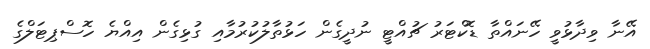
އޭނާ ވިދާޅުވީ ހޭނައްތާ ޑޮކްޓަރު ޗުއްޓީ ނުދީގެން ހަޅުތާލުކުރުމާއި ގުޅިގެން އިއްޔެ ހޮސްޕިޓަލްގެ